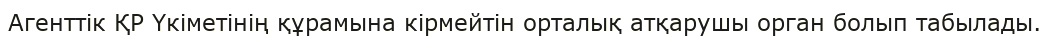
Агенттік ҚР Үкіметінің құрамына кірмейтін орталық атқарушы орган болып табылады.